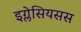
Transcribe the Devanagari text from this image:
इग्लेसियसस